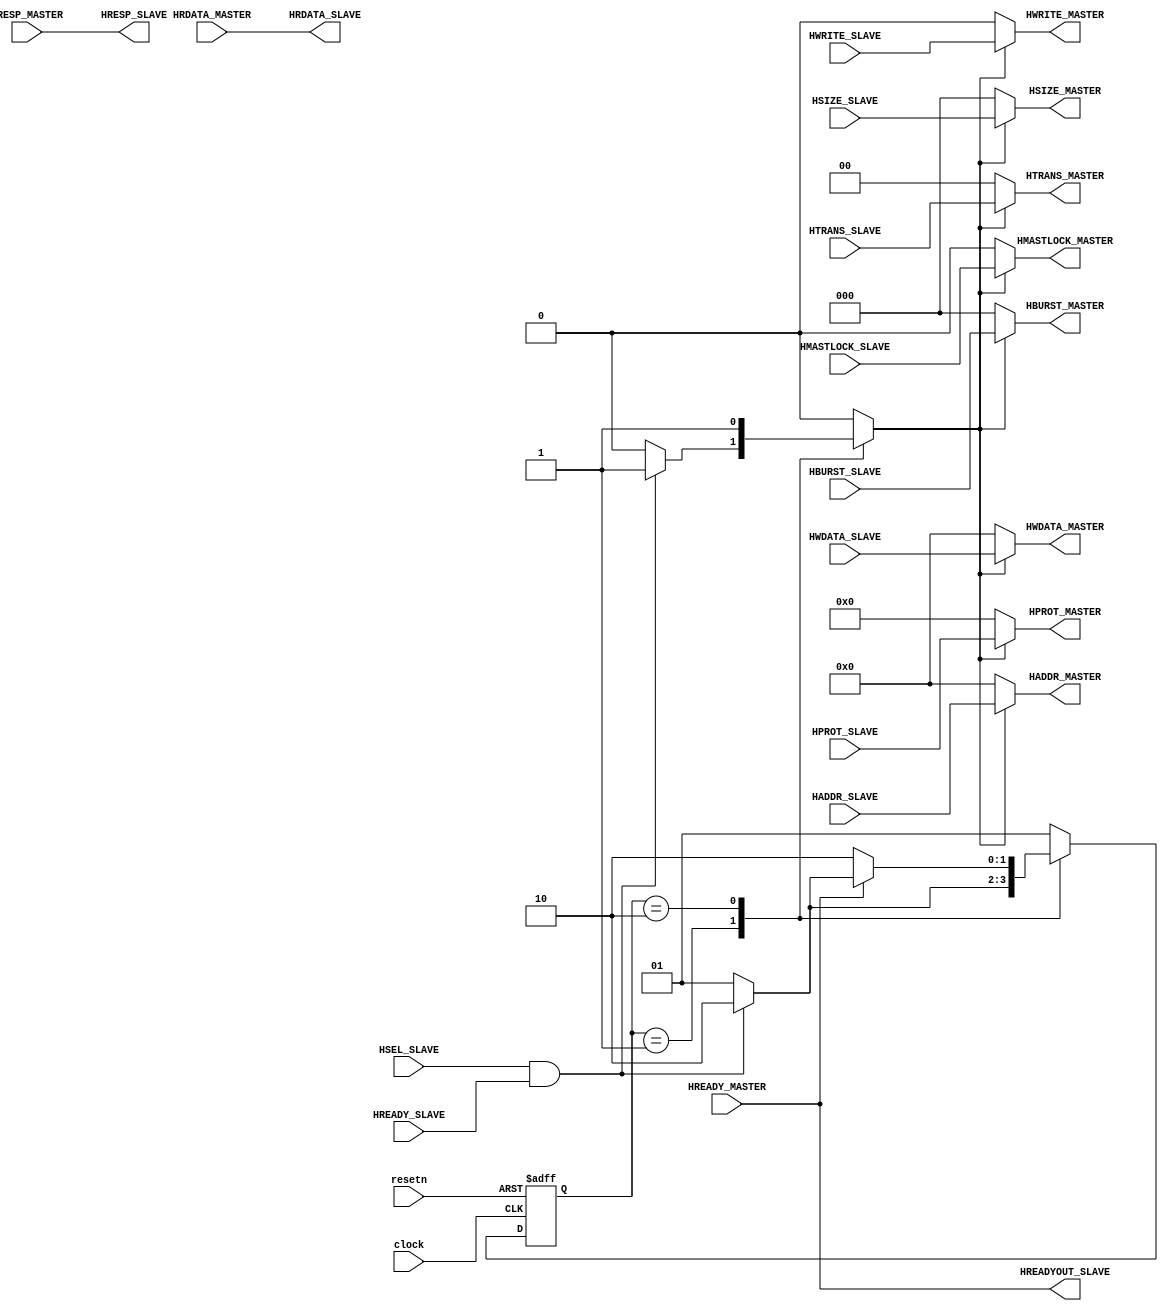
// ****************************************************************************/
// Microsemi Corporation Proprietary and Confidential
// Copyright 2017 Microsemi Corporation.  All rights reserved.
//
// ANY USE OR REDISTRIBUTION IN PART OR IN WHOLE MUST BE HANDLED IN
// ACCORDANCE WITH THE MICROSEMI LICENSE AGREEMENT AND MUST BE APPROVED
// IN ADVANCE IN WRITING.
//
// Description: AHB Mirrored slave to Mirrored master bridge
//
// SVN Revision Information:
// SVN $Revision: $
// SVN $Date: $
//
// Resolved SARs
// SAR      Date     Who   Description
//
// Notes:
//
// ****************************************************************************/
module MIRSLV2MIRMSTRBRIDGE_AHB (
    // General inputs
    clock,
    resetn,

    // Slave inputs (Inputs from mirrored slave) 
    HADDR_SLAVE,
    HTRANS_SLAVE,
    HSIZE_SLAVE,
    HWDATA_SLAVE,
    HBURST_SLAVE,
    HPROT_SLAVE,
    HWRITE_SLAVE,
    HMASTLOCK_SLAVE,
    HREADY_SLAVE,
    HSEL_SLAVE,

    // Master inputs (Inputs from mirrored master)
    HREADY_MASTER,
    HRDATA_MASTER,
    HRESP_MASTER,

    // Slave outputs (Outputs to mirrored slave)
    HREADYOUT_SLAVE, 
    HRDATA_SLAVE,
    HRESP_SLAVE,

    // Master outputs (Outputs to mirrored master)
    HADDR_MASTER,
    HTRANS_MASTER,
    HSIZE_MASTER,
    HWDATA_MASTER,
    HBURST_MASTER,
    HPROT_MASTER,
    HWRITE_MASTER,
    HMASTLOCK_MASTER
);

////////////////////////////////////////////////////////////////////////////////
// Parameters
////////////////////////////////////////////////////////////////////////////////
parameter MSTR_DRI_UPR_4_ADDR_BITS = 1;
parameter UPR_4_ADDR_BITS          = 4'b0000;

////////////////////////////////////////////////////////////////////////////////
// Port directions
////////////////////////////////////////////////////////////////////////////////
// General inputs
input               clock;
input               resetn;

// Slave inputs (Inputs from mirrored slave) 
input   [31:0]      HADDR_SLAVE;
input   [1:0]       HTRANS_SLAVE;
input   [2:0]       HSIZE_SLAVE;
input   [31:0]      HWDATA_SLAVE;
input   [2:0]       HBURST_SLAVE;
input   [3:0]       HPROT_SLAVE;
input               HWRITE_SLAVE;
input               HMASTLOCK_SLAVE;
input               HREADY_SLAVE;
input               HSEL_SLAVE;

// Master inputs (Inputs from mirrored master)
input               HREADY_MASTER;
input   [31:0]      HRDATA_MASTER;
input   [1:0]       HRESP_MASTER;

// Slave outputs (Outputs to mirrored slave)
output              HREADYOUT_SLAVE; 
output  [31:0]      HRDATA_SLAVE;
output  [1:0]       HRESP_SLAVE;

// Master outputs (Outputs to mirrored master)
output  [31:0]      HADDR_MASTER;
output  [1:0]       HTRANS_MASTER;
output  [2:0]       HSIZE_MASTER;
output  [31:0]      HWDATA_MASTER;
output  [2:0]       HBURST_MASTER;
output  [3:0]       HPROT_MASTER;
output              HWRITE_MASTER;
output              HMASTLOCK_MASTER;

////////////////////////////////////////////////////////////////////////////////
// Constants
////////////////////////////////////////////////////////////////////////////////
localparam [1:0]    ADDR = 2'b01;
localparam [1:0]    DATA = 2'b10;

////////////////////////////////////////////////////////////////////////////////
// Internal signals
////////////////////////////////////////////////////////////////////////////////
reg [1:0]           currState;
reg [1:0]           nextState;
reg                 driveMaster; // Combinatorial

////////////////////////////////////////////////////////////////////////////////
// driveMaster FSM: Current state register
////////////////////////////////////////////////////////////////////////////////
always @ (posedge clock or negedge resetn)
    begin
        if (!resetn)
            currState <= ADDR;
        else
            currState <= nextState;
    end

////////////////////////////////////////////////////////////////////////////////
// driveMaster FSM: Next state & driveMaster combinatorial logic
////////////////////////////////////////////////////////////////////////////////
always @ (*)
    begin
        case (currState)
            ADDR:
                begin
                    if (HSEL_SLAVE & HREADY_SLAVE)
                        begin
                            driveMaster = 1'b1;
                            nextState   = DATA;
                        end
                    else
                        begin
                            driveMaster = 1'b0;
                            nextState   = ADDR;
                        end
                end
            DATA:
                begin
                    driveMaster = 1'b1;
                    if (HREADY_MASTER)
                        begin
                            // AHB pipelined address phase
                            if (HSEL_SLAVE & HREADY_SLAVE)
                                begin
                                    nextState   = DATA;
                                end
                            else
                                begin
                                    nextState   = ADDR;
                                end
                        end
                    else
                        begin
                            nextState = DATA;
                        end
                end
            default:
                begin
                    nextState   = ADDR;
                    driveMaster = 1'b0;
                end
        endcase
    end

////////////////////////////////////////////////////////////////////////////////
// Master outputs (Outputs to mirrored master)
////////////////////////////////////////////////////////////////////////////////
generate
    if (MSTR_DRI_UPR_4_ADDR_BITS == 1'b1)
        begin
            assign HADDR_MASTER = (driveMaster == 1'b1) ? HADDR_SLAVE: {32{1'b0}};
        end
    else
        begin
            assign HADDR_MASTER = (driveMaster == 1'b1) ? {UPR_4_ADDR_BITS[3:0] ,HADDR_SLAVE[27:0]} : {32{1'b0}};
        end
endgenerate

assign HTRANS_MASTER     = (driveMaster == 1'b1) ? HTRANS_SLAVE    : {2{1'b0}};
assign HSIZE_MASTER      = (driveMaster == 1'b1) ? HSIZE_SLAVE     : {3{1'b0}};
assign HWDATA_MASTER     = (driveMaster == 1'b1) ? HWDATA_SLAVE    : {32{1'b0}};
assign HBURST_MASTER     = (driveMaster == 1'b1) ? HBURST_SLAVE    : {3{1'b0}};
assign HPROT_MASTER      = (driveMaster == 1'b1) ? HPROT_SLAVE     : {4{1'b0}};
assign HWRITE_MASTER     = (driveMaster == 1'b1) ? HWRITE_SLAVE    : 1'b0;
assign HMASTLOCK_MASTER  = (driveMaster == 1'b1) ? HMASTLOCK_SLAVE : 1'b0;

////////////////////////////////////////////////////////////////////////////////
// Slave outputs (Outputs to mirrored slave)
////////////////////////////////////////////////////////////////////////////////
assign HRDATA_SLAVE    = HRDATA_MASTER;
assign HRESP_SLAVE     = HRESP_MASTER;
assign HREADYOUT_SLAVE = HREADY_MASTER;

endmodule // MIRSLV2MIRMSTRBRIDGE_AHB